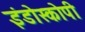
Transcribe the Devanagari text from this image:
इंडोस्कोपी